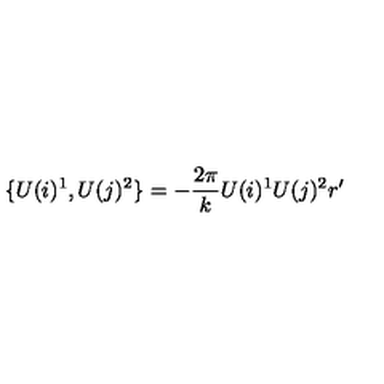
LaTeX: \{ U ( i ) ^ { 1 } , U ( j ) ^ { 2 } \} = - \frac { 2 \pi } { k } U ( i ) ^ { 1 } U ( j ) ^ { 2 } r ^ { \prime }